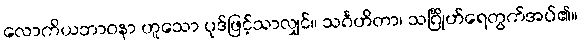
လောကိယဘာဝနာ ဟူသော ပုဒ်ဖြင့်သာလျှင်။ သင်္ဂဟိတာ၊ သင်္ဂြိုဟ်ရေတွက်အပ်၏။